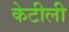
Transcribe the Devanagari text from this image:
केटीली